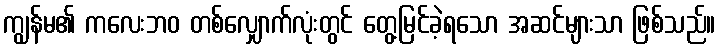
ကျွန်မ၏ ကလေးဘဝ တစ်လျှောက်လုံးတွင် တွေ့မြင်ခဲ့ရသော အဆင်များသာ ဖြစ်သည်။